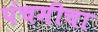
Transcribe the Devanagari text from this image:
पंचमीचा